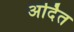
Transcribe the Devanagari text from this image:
अर्दित